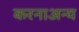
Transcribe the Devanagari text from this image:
करनाअन्य